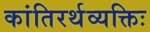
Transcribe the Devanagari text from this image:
कांतिरर्थव्यक्तिः